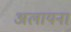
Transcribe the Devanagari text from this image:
अलायना